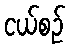
ငယ်စဉ်